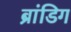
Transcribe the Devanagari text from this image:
ब्रांडिग